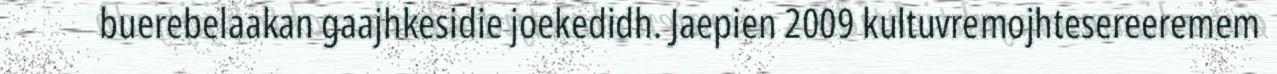
buerebelaakan gaajhkesidie joekedidh. Jaepien 2009 kultuvremojhtesereeremem